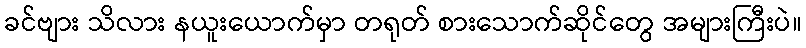
ခင်ဗျား သိလား နယူးယောက်မှာ တရုတ် စားသောက်ဆိုင်တွေ အများကြီးပဲ။